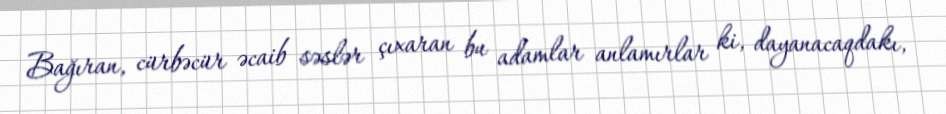
Bağıran, cürbəcür əcaib səslər çıxaran bu adamlar anlamırlar ki, dayanacaqdakı,